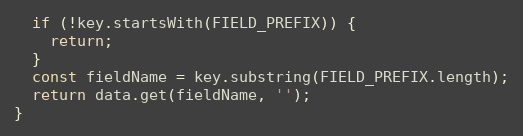
Language: JavaScript
  if (!key.startsWith(FIELD_PREFIX)) {
    return;
  }
  const fieldName = key.substring(FIELD_PREFIX.length);
  return data.get(fieldName, '');
}